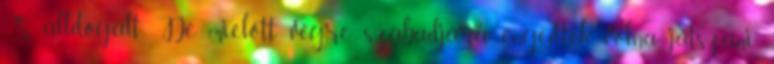
S álldogált. De mielőtt végre szabadjára engedtek volna játszani